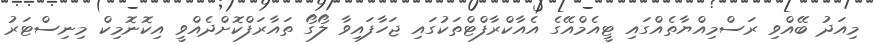
މިއަދު ބޭއްވި ރަސްމިއްޔާތެއްގައި ޓީއެމްއޭގެ އެއާކްރާފްޓްތަކުގައި ޖަހާފައިވާ ލޯގޯ ތައާރަފްކޮށްދެއްވީ އިކޮނޮމިކް މިނިސްޓަރު